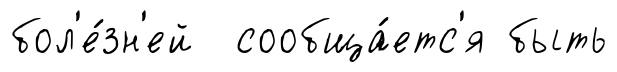
бол'е́зн'ей сообща́етс'я быть